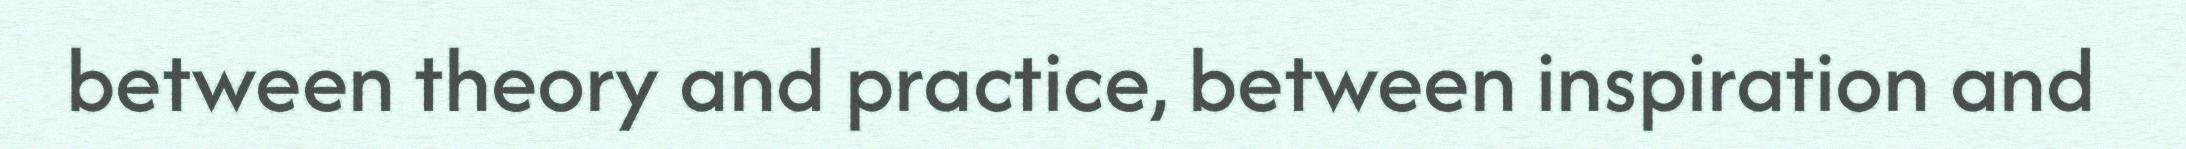
between theory and practice, between inspiration and